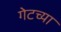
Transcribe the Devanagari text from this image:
गेटच्या